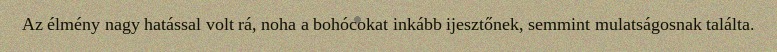
Az élmény nagy hatással volt rá, noha a bohócokat inkább ijesztőnek, semmint mulatságosnak találta.